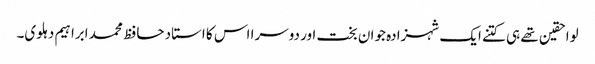
لواحقین تھے ہی کتنے ایک شہزادہ جوان بخت اور دوسرا اس کا استاد حافظ محمد ابراہیم دہلوی۔